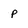
Character: p